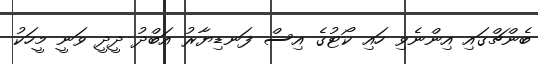
ބެންޗްގައި އިންނެވި ހައި ކޯޓުގެ އިސް ފަނޑިޔާރު އަބްދު ދީދީ ވަނީ މީހަކު